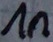
Text: 1n